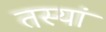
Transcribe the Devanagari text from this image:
तस्यां